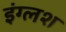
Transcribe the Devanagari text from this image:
इंग्लश